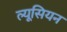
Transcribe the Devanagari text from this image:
ल्यूसियन